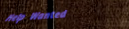
Help Wanted